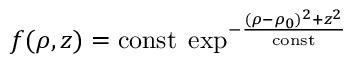
f ( \rho , z ) = \mathrm { c o n s t } \; \exp ^ { - { \frac { ( \rho - \rho _ { 0 } ) ^ { 2 } + z ^ { 2 } } { \mathrm { c o n s t } } } }